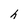
Character: h